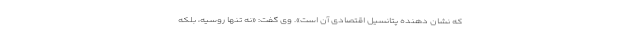
که نشان دهنده پتانسیل اقتصادی آن است». وی گفت: «نه تنها روسیه،‌ بلکه